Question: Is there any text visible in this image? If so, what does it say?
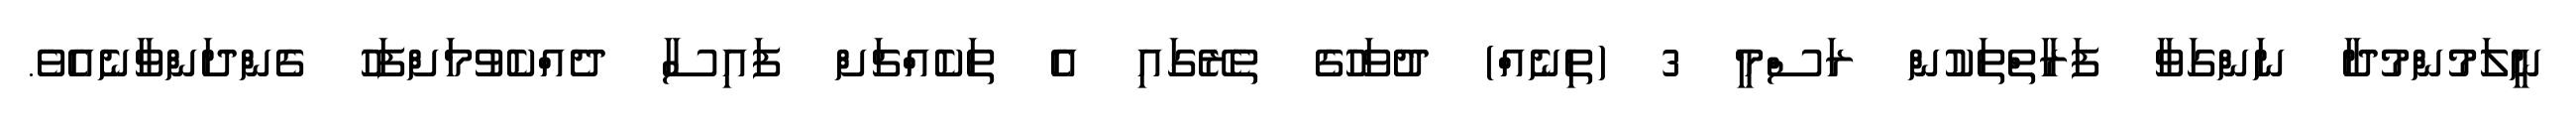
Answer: ނީލަމުންމުދާ ނަންގަވާ ފަރާތްތަކުން ރަސްމީ 3 (ތިނެއް) ދުވަހުގެ ތެރޭގައި އެ ތަކެއްޗަށް ފައިސާ ދެއްކެވުމަށްފަހު ގެންދަންވާނެއެވެ.